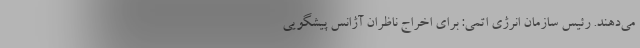
می‌دهند. رئیس سازمان انرژی اتمی: برای اخراج ناظران آژانس پیشگویی